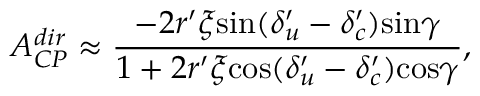
{ A } _ { C P } ^ { d i r } \approx { \frac { - 2 { r } ^ { \prime } \xi \mathrm { s i n } ( { \delta } _ { u } ^ { \prime } - { \delta } _ { c } ^ { \prime } ) \mathrm { s i n } \gamma } { 1 + 2 { r } ^ { \prime } \xi \mathrm { c o s } ( { \delta } _ { u } ^ { \prime } - { \delta } _ { c } ^ { \prime } ) \mathrm { c o s } \gamma } } ,